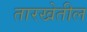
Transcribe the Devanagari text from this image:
तारखेतील